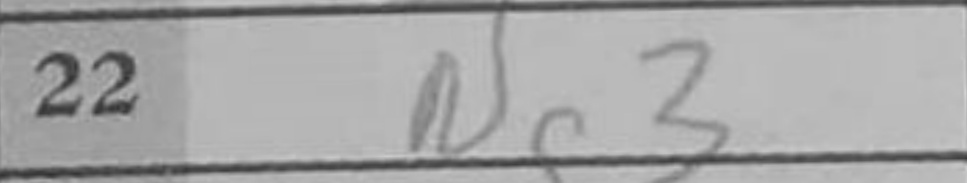
Transcription: Ng3